Vaccination Hyderabad 1872-1889 - 1872-1889
Year: 1872
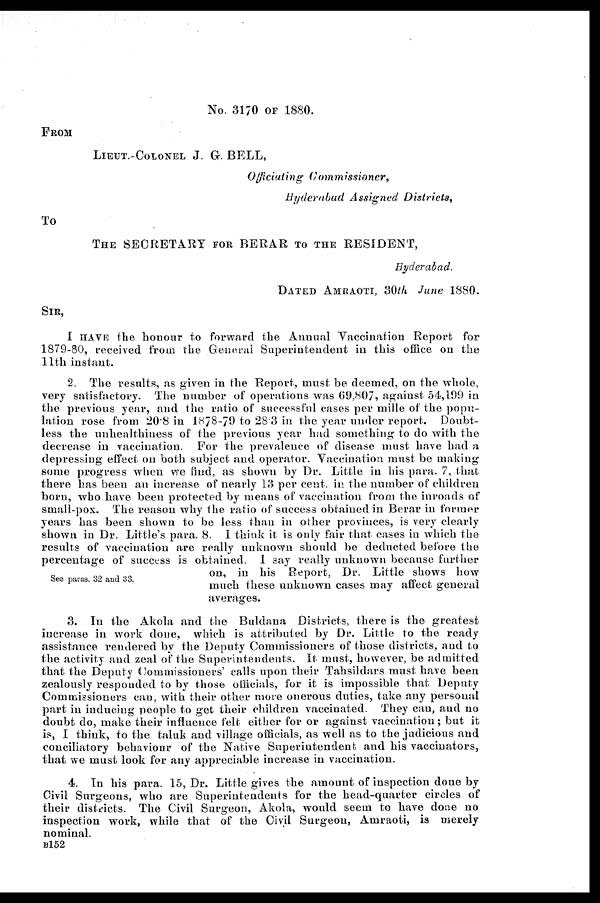
No. 3170 OF 1880.
FROM
LIEUT.-COLONEL J. G. BELL,
Officiating Commissioner,
Hyderabad Assigned Districts,
To
THE SECRETARY FOR BERAR TO THE RESIDENT,
Hyderabad.
DATED AMRAOTI, 30th June 1880.
SIR,
I HAVE the honour to forward the Annual Vaccination Report for
1879-80, received from the General Superintendent in this office on the
11th instant.
See paras. 32 and 33.
2. The results, as given in the Report, must be deemed, on the whole,
very satisfactory. The number of operations was 69,807, against 54,199 in
the previous year, and the ratio of successful cases per mille of the popu-
lation rose from 20.8 in 1878-79 to 28.3 in the year under report. Doubt-
less the unhealthiness of the previous year had something to do with the
decrease in vaccination. For the prevalence of disease must have had a
depressing effect on both subject and operator. Vaccination must be making
some progress when we find, as shown by Dr. Little in his para. 7, that
there has been an increase of nearly 13 per cent. in the number of children
born, who have been protected by means of vaccination from the inroads of
small-pox. The reason why the ratio of success obtained in Berar in former
years has been shown to be less than in other provinces, is very clearly
shown in Dr. Little's para. 8. I think it is only fair that cases in which the
results of vaccination are really unknown should be deducted before the
percentage of success is obtained. I say really unknown because further
on, in his Report, Dr. Little shows how
much these unknown cases may affect general
averages.
3. In the Akola and the Buldana Districts, there is the greatest
increase in work done, which is attributed by Dr. Little to the ready
assistance rendered by the Deputy Commissioners of those districts, and to
the activity and zeal of the Superintendents. It must, however, be admitted
that the Deputy Commissioners' calls upon their Tahsildars must have been
zealously responded to by those officials, for it is impossible that Deputy
Commissioners can, with their other more onerous duties, take any personal
part in inducing people to get their children vaccinated. They can, and no
doubt do, make their influence felt. either for or against vaccination; but it
is, I think, to the taluk and village officials, as well as to the judicious and
conciliatory behaviour of the Native Superintendent and his vaccinators,
that, we must look for any appreciable increase in vaccination.
4. In his para. 15, Dr. Little gives the amount of inspection done by
Civil Surgeons, who are Superintendents for the head-quarter circles of
their districts. The Civil Surgeon, Akola, would seem to have done no
inspection work, while that of the Civil Surgeon, Amraoti, is merely
nominal.
B152